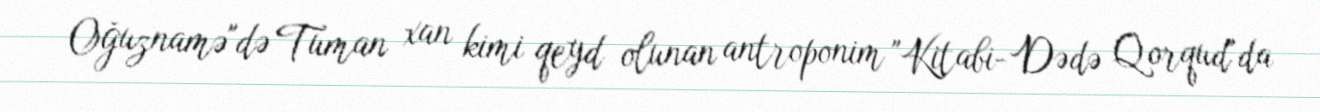
Oğuznamə"də Tuman xan kimi qeyd olunan antroponim "Kitabi- Dədə Qorqud"da